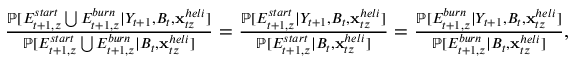
\begin{array} { r } { \frac { \mathbb P [ E _ { t + 1 , z } ^ { s t a r t } \bigcup E _ { t + 1 , z } ^ { b u r n } | { \cal Y } _ { t + 1 } , B _ { t } , { \mathbf { x } } _ { t z } ^ { h e l i } ] } { \mathbb P [ E _ { t + 1 , z } ^ { s t a r t } \bigcup E _ { t + 1 , z } ^ { b u r n } | B _ { t } , { \mathbf { x } } _ { t z } ^ { h e l i } ] } = \frac { \mathbb P [ E _ { t + 1 , z } ^ { s t a r t } | { \cal Y } _ { t + 1 } , B _ { t } , { \mathbf { x } } _ { t z } ^ { h e l i } ] } { \mathbb P [ E _ { t + 1 , z } ^ { s t a r t } | B _ { t } , { \mathbf { x } } _ { t z } ^ { h e l i } ] } = \frac { \mathbb P [ E _ { t + 1 , z } ^ { b u r n } | { \cal Y } _ { t + 1 } , B _ { t } , { \mathbf { x } } _ { t z } ^ { h e l i } ] } { \mathbb P [ E _ { t + 1 , z } ^ { b u r n } | B _ { t } , { \mathbf { x } } _ { t z } ^ { h e l i } ] } , } \end{array}